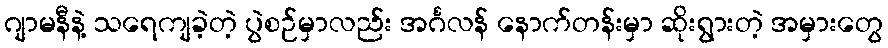
ဂျာမနီနဲ့ သရေကျခဲ့တဲ့ ပွဲစဉ်မှာလည်း အင်္ဂလန် နောက်တန်းမှာ ဆိုးရွားတဲ့ အမှားတွေ